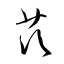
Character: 茨